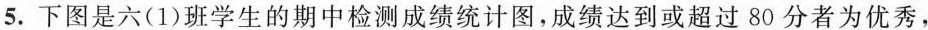
5.下图是六(1)班学生的期中检测成绩统计图，成绩达到或超过80分者为优秀，